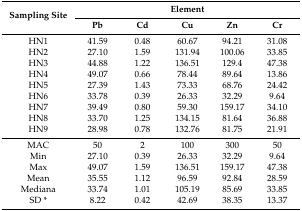
<table><thead><tr><td rowspan="2"><b>Sampling Site</b></td><td colspan="5"><b>Element</b></td></tr><tr><td><b>Pb</b></td><td><b>Cd</b></td><td><b>Cu</b></td><td><b>Zn</b></td><td><b>Cr</b></td></tr></thead><tbody><tr><td>HN1</td><td>41.59</td><td>0.48</td><td>60.67</td><td>94.21</td><td>31.08</td></tr><tr><td>HN2</td><td>27.10</td><td>1.59</td><td>131.94</td><td>100.06</td><td>33.85</td></tr><tr><td>HN3</td><td>44.88</td><td>1.22</td><td>136.51</td><td>129.4</td><td>47.38</td></tr><tr><td>HN4</td><td>49.07</td><td>0.66</td><td>78.44</td><td>89.64</td><td>13.86</td></tr><tr><td>HN5</td><td>27.39</td><td>1.43</td><td>73.33</td><td>68.76</td><td>24.42</td></tr><tr><td>HN6</td><td>33.78</td><td>0.39</td><td>26.33</td><td>32.29</td><td>9.64</td></tr><tr><td>HN7</td><td>39.49</td><td>0.80</td><td>59.30</td><td>159.17</td><td>34.10</td></tr><tr><td>HN8</td><td>33.70</td><td>1.25</td><td>134.15</td><td>81.64</td><td>36.88</td></tr><tr><td>HN9</td><td>28.98</td><td>0.78</td><td>132.76</td><td>81.75</td><td>21.91</td></tr><tr><td>MAC</td><td>50</td><td>2</td><td>100</td><td>300</td><td>50</td></tr><tr><td>Min</td><td>27.10</td><td>0.39</td><td>26.33</td><td>32.29</td><td>9.64</td></tr><tr><td>Max</td><td>49.07</td><td>1.59</td><td>136.51</td><td>159.17</td><td>47.38</td></tr><tr><td>Mean</td><td>35.55</td><td>1.12</td><td>96.59</td><td>92.84</td><td>28.59</td></tr><tr><td>Mediana</td><td>33.74</td><td>1.01</td><td>105.19</td><td>85.69</td><td>33.85</td></tr><tr><td>SD *</td><td>8.22</td><td>0.42</td><td>42.69</td><td>38.35</td><td>13.37</td></tr></tbody></table>